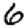
Digit: 6